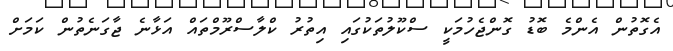
އެގޮތުން އެންމެ ބޮޑު ގޮންޖެހުމަކީ ސްކޫލުތަކުގައި އިތުރު ކްލާސްރޫމްތައް އަޅާނެ ޖާގަނެތުން ކަމަށް